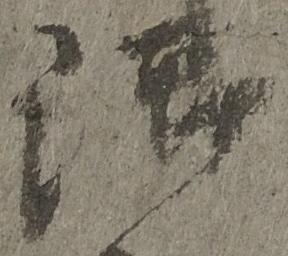
御